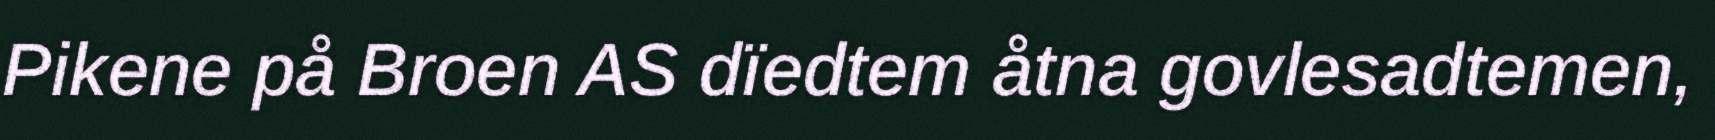
Pikene på Broen AS dïedtem åtna govlesadtemen,